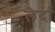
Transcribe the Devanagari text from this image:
लेर्दा